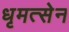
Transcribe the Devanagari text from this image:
धृमत्सेन